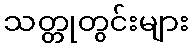
သတ္တုတွင်းများ